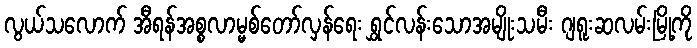
လွယ်သလောက် အီရန်အစ္စလာမ္မစ်တော်လှန်ရေး ရွှင်လန်းသောအမျိုးသမီး ဂျရူးဆလမ်းမြို့ကို